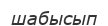
шабысып